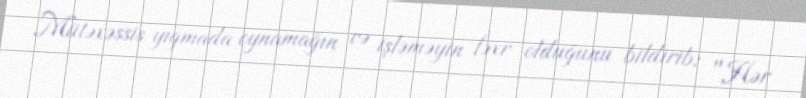
Mütəxəssis yığmada oynamağın və işləməyin fəxr olduğunu bildirib: "Hər